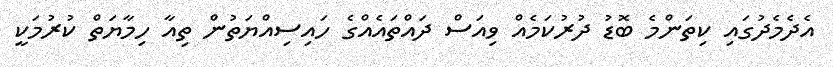
އެދެމެދުގައި ކިތަންމެ ބޮޑު ދުރުކަމެއް ވިއަސް ދައްތައެއްގެ ހައިސިއްޔަތުން ތިއާ ހިމާޔަތް ކުރުމަކީ